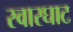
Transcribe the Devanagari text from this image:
स्‍वारघाट